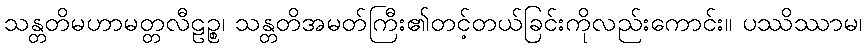
သန္တတိမဟာမတ္တလီဠဉ္စ၊ သန္တတိအမတ်ကြီး၏တင့်တယ်ခြင်းကိုလည်းကောင်း။ ပဿိဿာမ၊